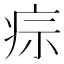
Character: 𤵫